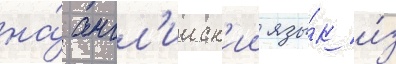
на́ англ'ииск'ии язы́к и́з